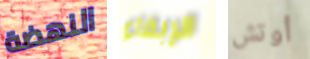
النهضة الإبقاء أوتش